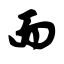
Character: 而